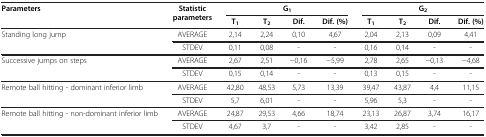
<table><thead><tr><td rowspan="2"><b>Parameters</b></td><td rowspan="2"><b>Statistic parameters</b></td><td colspan="4"><b>G<sub>1</sub></b></td><td colspan="4"><b>G<sub>2</sub></b></td></tr><tr><td><b>T<sub>1</sub></b></td><td><b>T<sub>2</sub></b></td><td><b>Dif.</b></td><td><b>Dif. (%)</b></td><td><b>T<sub>1</sub></b></td><td><b>T<sub>2</sub></b></td><td><b>Dif.</b></td><td><b>Dif. (%)</b></td></tr></thead><tbody><tr><td rowspan="2">Standing long jump</td><td>AVERAGE</td><td>2,14</td><td>2,24</td><td>0,10</td><td>4,67</td><td>2,04</td><td>2,13</td><td>0,09</td><td>4,41</td></tr><tr><td>STDEV</td><td>0,11</td><td>0,08</td><td>-</td><td>-</td><td>0,16</td><td>0,14</td><td>-</td><td>-</td></tr><tr><td rowspan="2">Successive jumps on steps</td><td>AVERAGE</td><td>2,67</td><td>2,51</td><td>−0,16</td><td>−5,99</td><td>2,78</td><td>2,65</td><td>−0,13</td><td>−4,68</td></tr><tr><td>STDEV</td><td>0,15</td><td>0,14</td><td>-</td><td>-</td><td>0,13</td><td>0,15</td><td>-</td><td>-</td></tr><tr><td rowspan="2">Remote ball hitting - dominant inferior limb</td><td>AVERAGE</td><td>42,80</td><td>48,53</td><td>5,73</td><td>13,39</td><td>39,47</td><td>43,87</td><td>4,4</td><td>11,15</td></tr><tr><td>STDEV</td><td>5,7</td><td>6,01</td><td>-</td><td>-</td><td>5,96</td><td>5,3</td><td>-</td><td>-</td></tr><tr><td rowspan="2">Remote ball hitting - non-dominant inferior limb</td><td>AVERAGE</td><td>24,87</td><td>29,53</td><td>4,66</td><td>18,74</td><td>23,13</td><td>26,87</td><td>3,74</td><td>16,17</td></tr><tr><td>STDEV</td><td>4,67</td><td>3,7</td><td>-</td><td>-</td><td>3,42</td><td>2,85</td><td>-</td><td>-</td></tr></tbody></table>